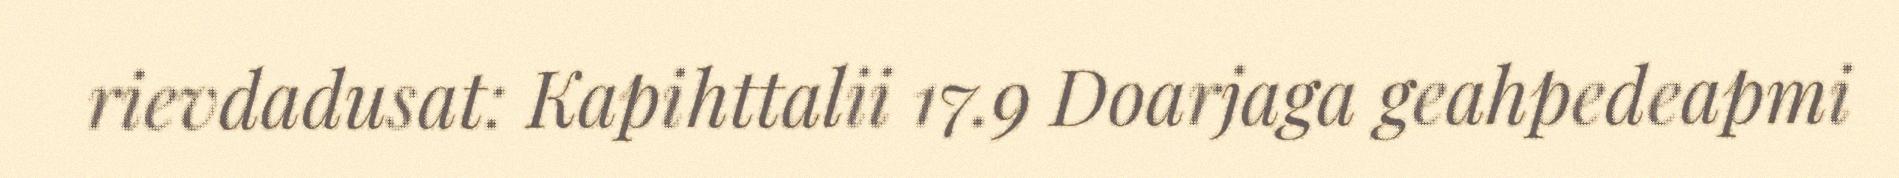
rievdadusat: Kapihttalii 17.9 Doarjaga geahpedeapmi